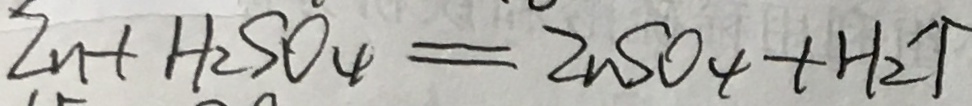
Z n + H _ { 2 } S O _ { 4 } = Z n S O _ { 4 } + H _ { 2 } \uparrow